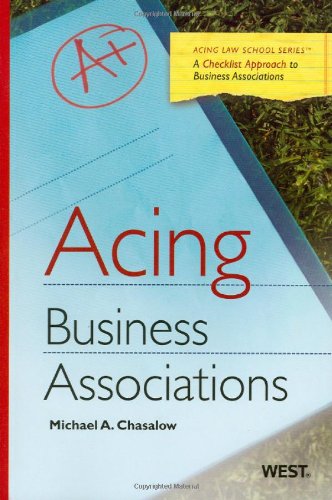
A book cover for Acing Business Associations (Acing Law School ); Michael Chasalow; Law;